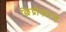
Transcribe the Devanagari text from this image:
छिद्रीकरण